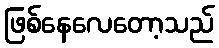
ဖြစ်နေလေတော့သည်